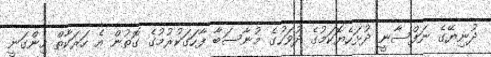
ދުނިޔޭގެ ނަފްސާނީ ދުޅަހެޔޮކަމުގެ ދުވަހުގެ މުނާސަބާ ފާހަގަކުރުމުގެ ގޮތުން އެ ހަރަކާތް ހިންގަނީ